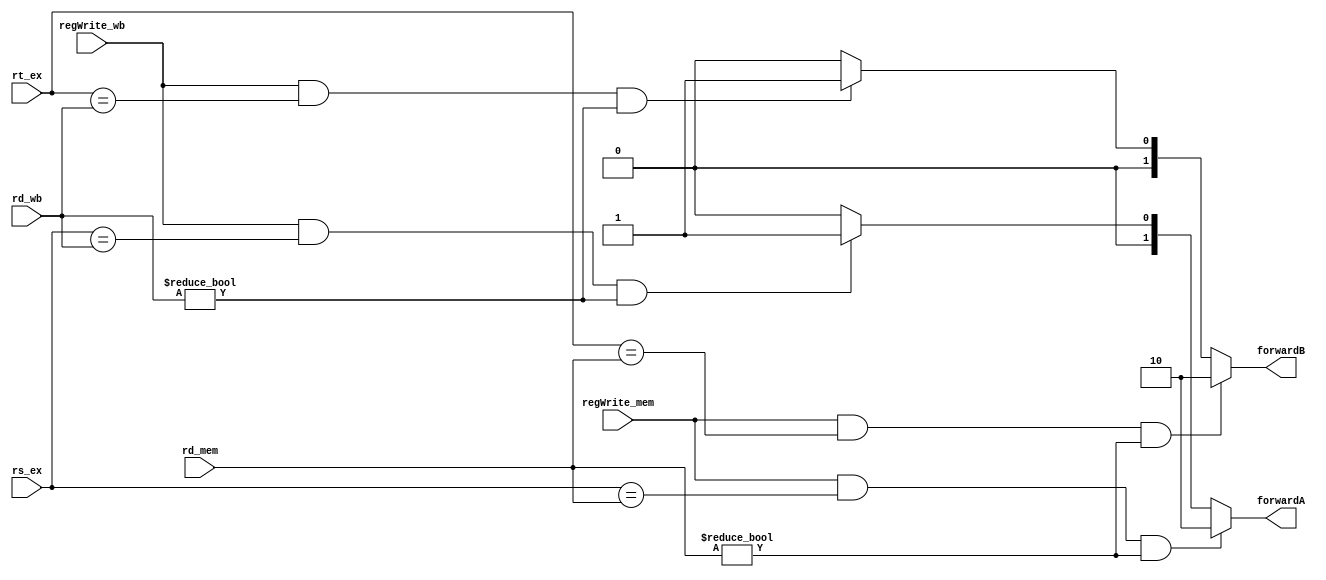
`timescale 1ns / 1ps
//////////////////////////////////////////////////////////////////////////////////
// Company: 
// Engineer: 
// 
// Design Name: 
// Module Name:    ForwardingUnit 
// Project Name: 
// Target Devices: 
// Tool versions: 
// Description: 
//
// Dependencies: 
//
// Revision: 
// Revision 0.01 - File Created
// Additional Comments: 
//
//////////////////////////////////////////////////////////////////////////////////
module ForwardingUnit(
	input [4:0] rs_ex,
	input [4:0] rt_ex,
	input [4:0] rd_mem,
	input [4:0] rd_wb,
	input regWrite_mem,
	input regWrite_wb,
	output reg[1:0] forwardA,
	output reg[1:0] forwardB
    );

always @(*)
	begin
		forwardA=2'b00;
		forwardB=2'b00;
		if (regWrite_wb && rs_ex==rd_wb && rd_wb!=4'b0000)
			forwardA=2'b01;
		if (regWrite_wb && rt_ex==rd_wb && rd_wb!=4'b0000)
			forwardB=2'b01;
		if (regWrite_mem && rs_ex==rd_mem && rd_mem!=4'b0000)
			forwardA=2'b10;
		if (regWrite_mem && rt_ex==rd_mem && rd_mem!=4'b0000)
			forwardB=2'b10;	
	end



endmodule